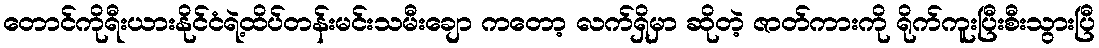
တောင်ကိုရီးယားနိုင်ငံရဲ့ထိပ်တန်းမင်းသမီးချော ကတော့ လက်ရှိမှာ ဆိုတဲ့ ဇာတ်ကားကို ရိုက်ကူးပြီးစီးသွားပြီ